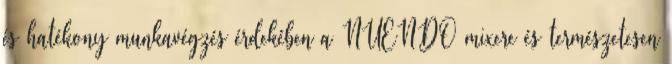
és hatékony munkavégzés érdekében a NUENDO mixere és természetesen